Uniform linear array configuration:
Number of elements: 32
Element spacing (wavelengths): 0.75
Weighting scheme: cosine
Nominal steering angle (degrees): -60
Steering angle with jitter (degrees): -60.703
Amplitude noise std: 0.05
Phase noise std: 0.05

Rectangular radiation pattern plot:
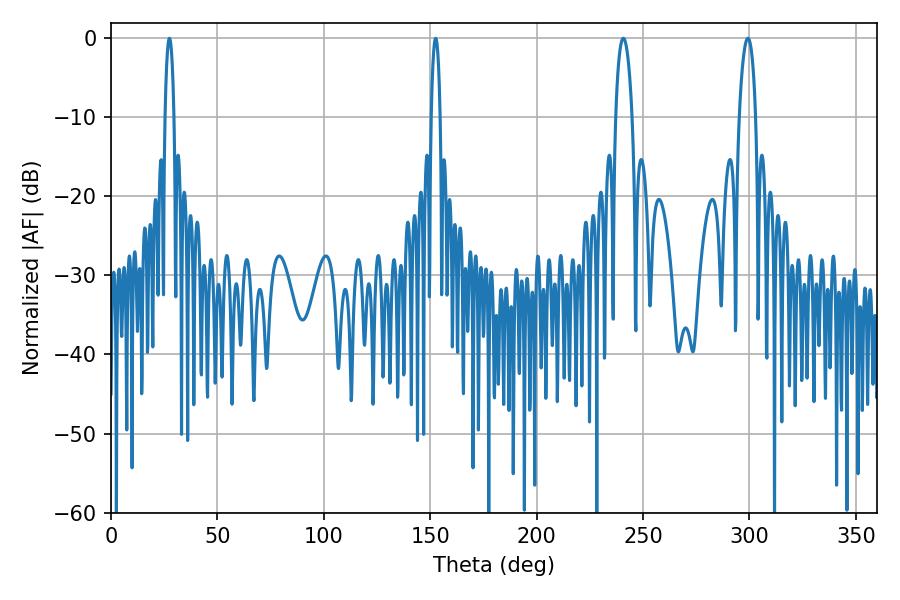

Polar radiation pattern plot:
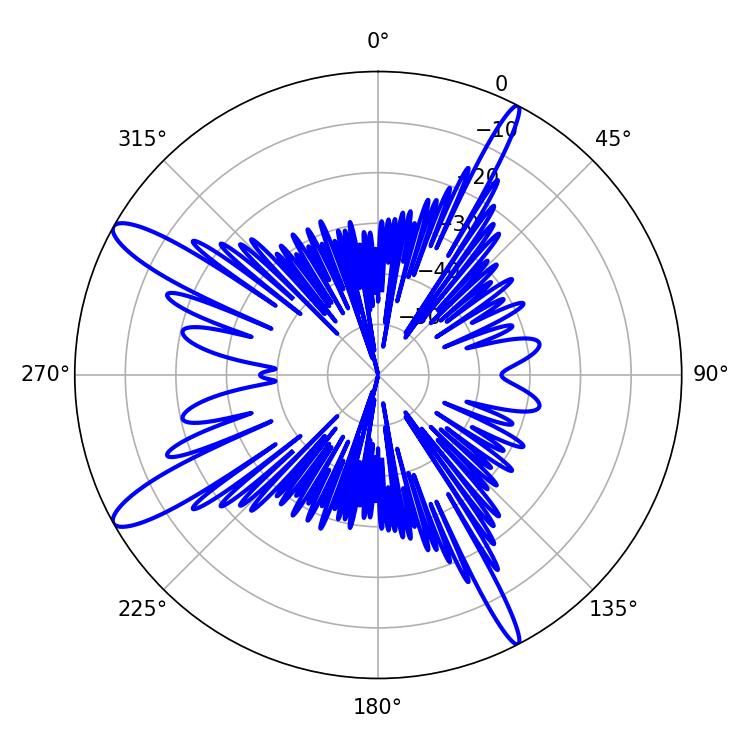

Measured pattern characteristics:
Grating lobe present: TRUE
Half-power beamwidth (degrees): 4.32
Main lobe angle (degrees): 299.34